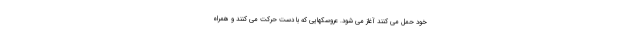
خود حمل می کنند آغاز می شود. عروسکهایی که با دست حرکت می کنند و همراه